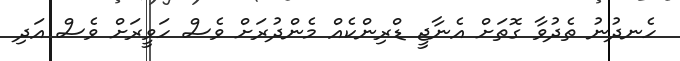
ހެނދުނު ތެދުވާ ގޮތަށް އެނާޖީ ޑްރިންކެއް މެންދުރަށް ވެސް ހަވީރަށް ވެސް އަދި